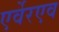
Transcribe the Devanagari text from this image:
एर्वेरएव